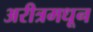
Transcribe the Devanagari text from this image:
अरीत्रमधून